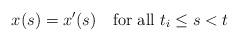
LaTeX: \begin{align*}x(s) = x'(s)\quad \hbox{for all $t_i \le s < t$} \end{align*}